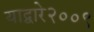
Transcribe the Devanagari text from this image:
याद्वारे२००९